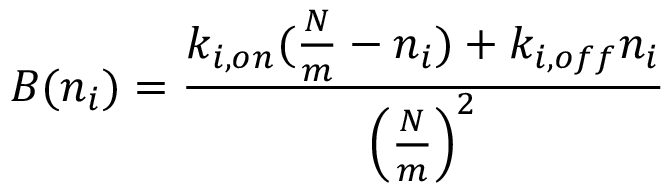
B ( n _ { i } ) = \frac { k _ { i , o n } ( \frac { N } { m } - n _ { i } ) + k _ { i , o f f } n _ { i } } { \left( \frac { N } { m } \right) ^ { 2 } }